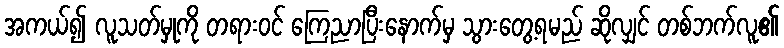
အကယ်၍ လူသတ်မှုကို တရားဝင် ကြေညာပြီးနောက်မှ သွားတွေ့ရမည် ဆိုလျှင် တစ်ဘက်လူ၏